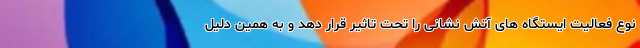
نوع فعالیت ایستگاه های آتش نشانی را تحت تاثیر قرار دهد و به همین دلیل